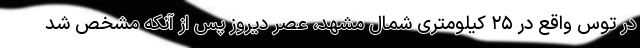
در توس واقع در ۲۵ کیلومتری شمال مشهد، عصر دیروز پس از آنکه مشخص شد